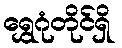
ရွှေဂုံတိုင်ရှိ